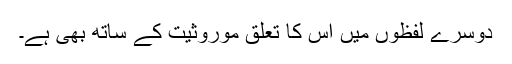
دوسرے لفظوں میں اس کا تعلق موروثیت کے ساتھ بھی ہے۔